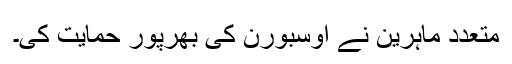
متعدد ماہرین نے اوسبورن کی بھرپور حمایت کی۔